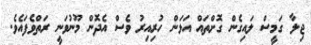
ޖިލާ ގަމީސް ލައިގެން ގޮށްތައް އަޅަން ހުރިއިރު ވެސް އެދޮން މޫނުވަނީ ރަތްވެފައެވެ.